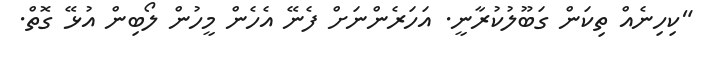
"ކިހިނެއް ތިކަން ގަބޫލުކުރާނީ. އަހަރެންނަށް ފެނޭ އެހެން މީހުން ލޯބިން އުޅޭ ގޮތް.